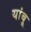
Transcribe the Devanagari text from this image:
यांबू